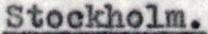
Stockholm.